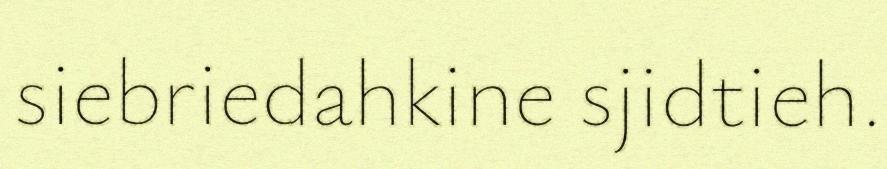
siebriedahkine sjidtieh.